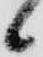
候